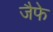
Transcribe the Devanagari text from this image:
जैफे